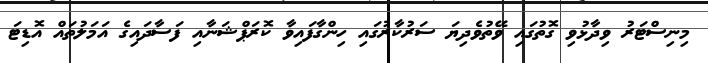
މިނިސްޓަރު ވިދާޅުވި ގޮތުގައި ވޭތުވެދިޔަ ސަރުކާރުގައި ހިންގާފައިވާ ކޮރަޕްޝަނާއި ފަސާދައިގެ އަމަލުތައް އޮޑިޓަ